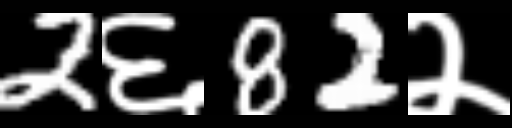
Text: 2६82२